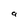
Character: 9